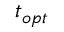
t _ { o p t }